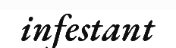
infestant